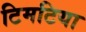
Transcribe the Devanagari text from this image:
टिमटिया